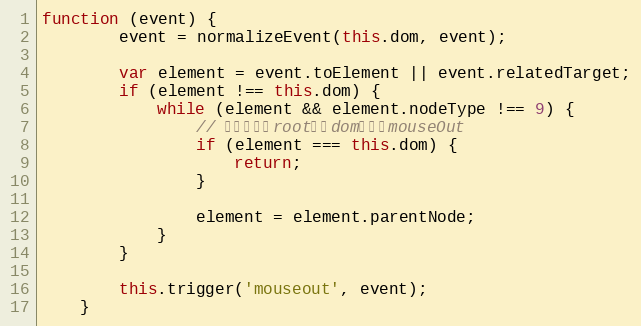
Language: JavaScript
function (event) {
        event = normalizeEvent(this.dom, event);

        var element = event.toElement || event.relatedTarget;
        if (element !== this.dom) {
            while (element && element.nodeType !== 9) {
                // 忽略包含在root中的dom引起的mouseOut
                if (element === this.dom) {
                    return;
                }

                element = element.parentNode;
            }
        }

        this.trigger('mouseout', event);
    }